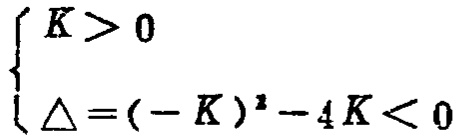
\[

\begin{cases}

K > 0 \\

\Delta = (-K)^2 - 4K < 0

\end{cases}

\]